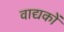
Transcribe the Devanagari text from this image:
वाद्यकों